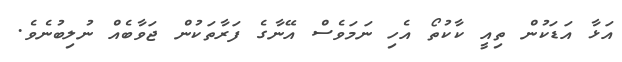
އަޅާ އަޑަކުން ތިއީ ކާކުތޯ އެހި ނަމަވެސް އޭނާގެ ފަރާތަކުން ޖަވާބެއް ނުލިބުނެވެ.